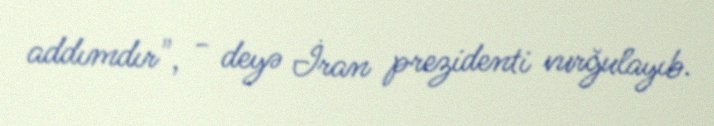
addımdır", - deyə İran prezidenti vurğulayıb.